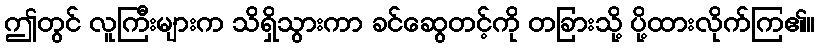
ဤတွင် လူကြီးများက သိရှိသွားကာ ခင်ဆွေတင့်ကို တခြားသို့ ပို့ထားလိုက်ကြ၏။